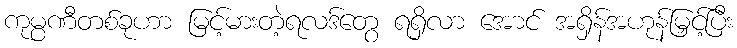
ကုမ္ပဏီတစ်ခုဟာ မြင့်မားတဲ့ရလဒ်တွေ ရရှိလာ အောင် အရှိန်အဟုန်မြှင့်ပြီး